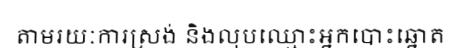
តាមរយៈការស្រង់ និងលុបឈ្មោះអ្នកបោះឆ្នោត